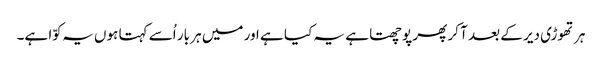
ہر تھوڑی دیر کے بعد آ کر پھر پوچھتا ہے یہ کیا ہے اور میں ہر بار اُسے کہتا ہوں یہ کوّا ہے۔